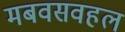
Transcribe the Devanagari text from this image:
मबवसवहल